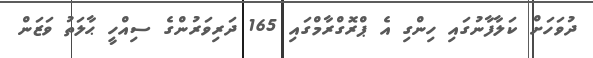
ދުވަހަށް ކަލާފާނުގައި ހިންގި އެ ޕްރޮގްރާމްގައި 165 ދަރިވަރުންގެ ސިއްހީ ޙާލަތު ވަޒަން